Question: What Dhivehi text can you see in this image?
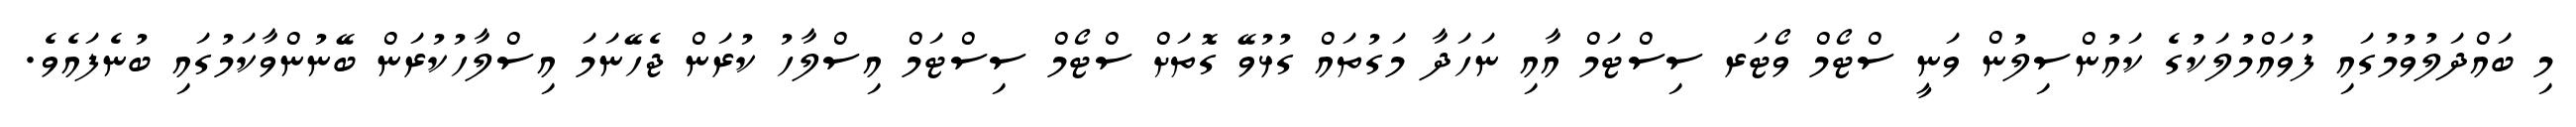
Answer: މި ބައްދަލުވުމުގައި ފުވައްމުލަކުގެ ކައުންސިލުން ވަނީ ސްޓޯމް ވޯޓަރ ސިސްޓަމް އާއި ނަހަދާ މަގުތައް ގުޅުވޭ ގޮތަށް ސްޓޯމް ސިސްޓަމް އިސްލާހު ކުރަން ޖެހޭނަމަ އިސްލާހުކުރަން ބޭނުންވާކަމުގައި ބުނެފައެވެ.